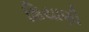
શિયાણી